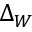
\Delta _ { W }